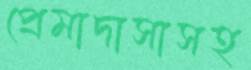
প্রেমাদাসাসহ